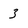
Character: 3